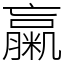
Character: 䊨